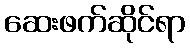
ဆေးဖက်ဆိုင်ရာ